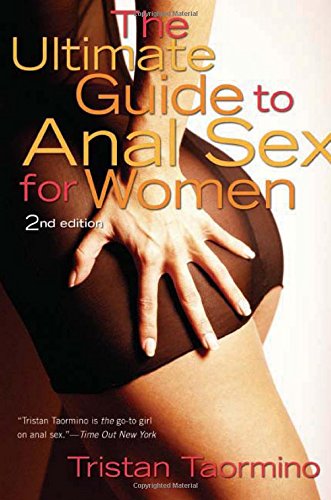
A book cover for The Ultimate Guide to Anal Sex for Women, 2nd Edition; Tristan Taormino; Health, Fitness & Dieting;